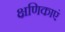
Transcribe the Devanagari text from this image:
क्षणिकाएं